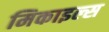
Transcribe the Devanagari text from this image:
मिकाइल्स